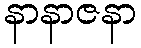
နာနာဇနာ